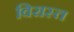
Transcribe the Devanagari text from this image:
विरास्त